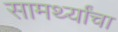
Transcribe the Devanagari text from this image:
सामर्थ्यांचा